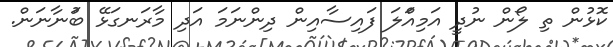
ކޮޅުން ތި ލޯން ނުދީ އަމިއްަލަ ފައިސާއިން ދިންނަމަ އަދި މާރަނގަޅޭ ބުަނާނަން.